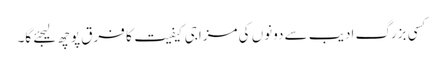
کسی بزرگ ادیب سے دونوں کی مزاجی کیفیت کا فرق پوچھ لیجئے گا۔